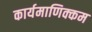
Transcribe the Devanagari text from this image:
कार्यमाणिक्कम